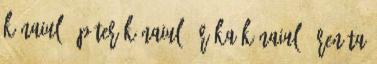
kínaiul 1 péter kínaiul 1 réka kínaiul 1 renáta